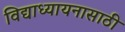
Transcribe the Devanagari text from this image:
विद्याध्यायनासाठी